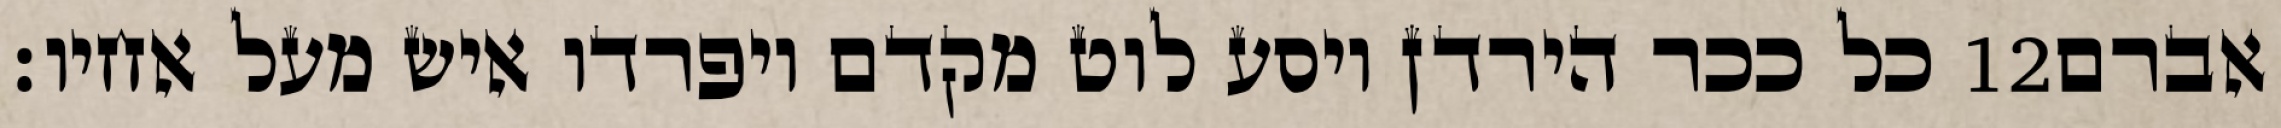
כל ככר הירדן ויסע לוט מקדם ויפרדו איש מעל אחיו׃ ‎12‏ אברם